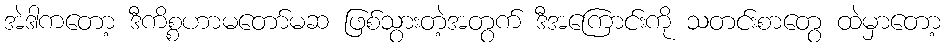
အဲဒါကတော့ ဒီကိစ္စဟာမတော်မဆ ဖြစ်သွားတဲ့အတွက် ဒီအကြောင်းကို သတင်းစာတွေ ထဲမှာတော့